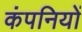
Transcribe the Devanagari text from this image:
कंपनियों